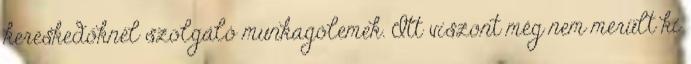
kereskedőknél szolgáló munkagólemek. Itt viszont még nem merült ki